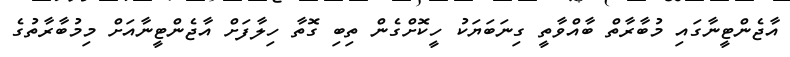
އާޖެންޓީނާގައި މުބާރާތް ބާއްވާތީ ގިނަބަޔަކު ހީކޮށްގެން ތިބި ގޮތާ ހިލާފަށް އާޖެންޓީނާއަށް މިމުބާރާތުގެ